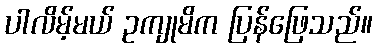
ပါလိမ့်မယ် ဥကျုမိက ပြန်ဖြေသည်။